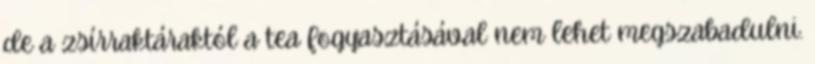
de a zsírraktáraktól a tea fogyasztásával nem lehet megszabadulni.